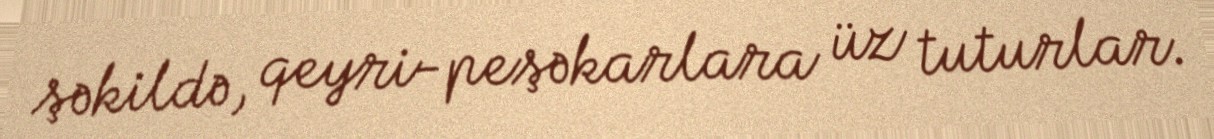
şəkildə, qeyri-peşəkarlara üz tuturlar.